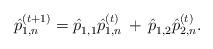
LaTeX: \begin{align*}\hat{p}_{1,n}^{(t+1)} = \hat{p}_{1,1}^{\phantom{()}} \hat{p}_{1,n}^{(t)} \,+\, \hat{p}_{1,2}^{\phantom{()}} \hat{p}_{2,n}^{(t)}.\end{align*}